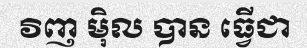
វិញ ម៉ិល បាន ធ្វើជា